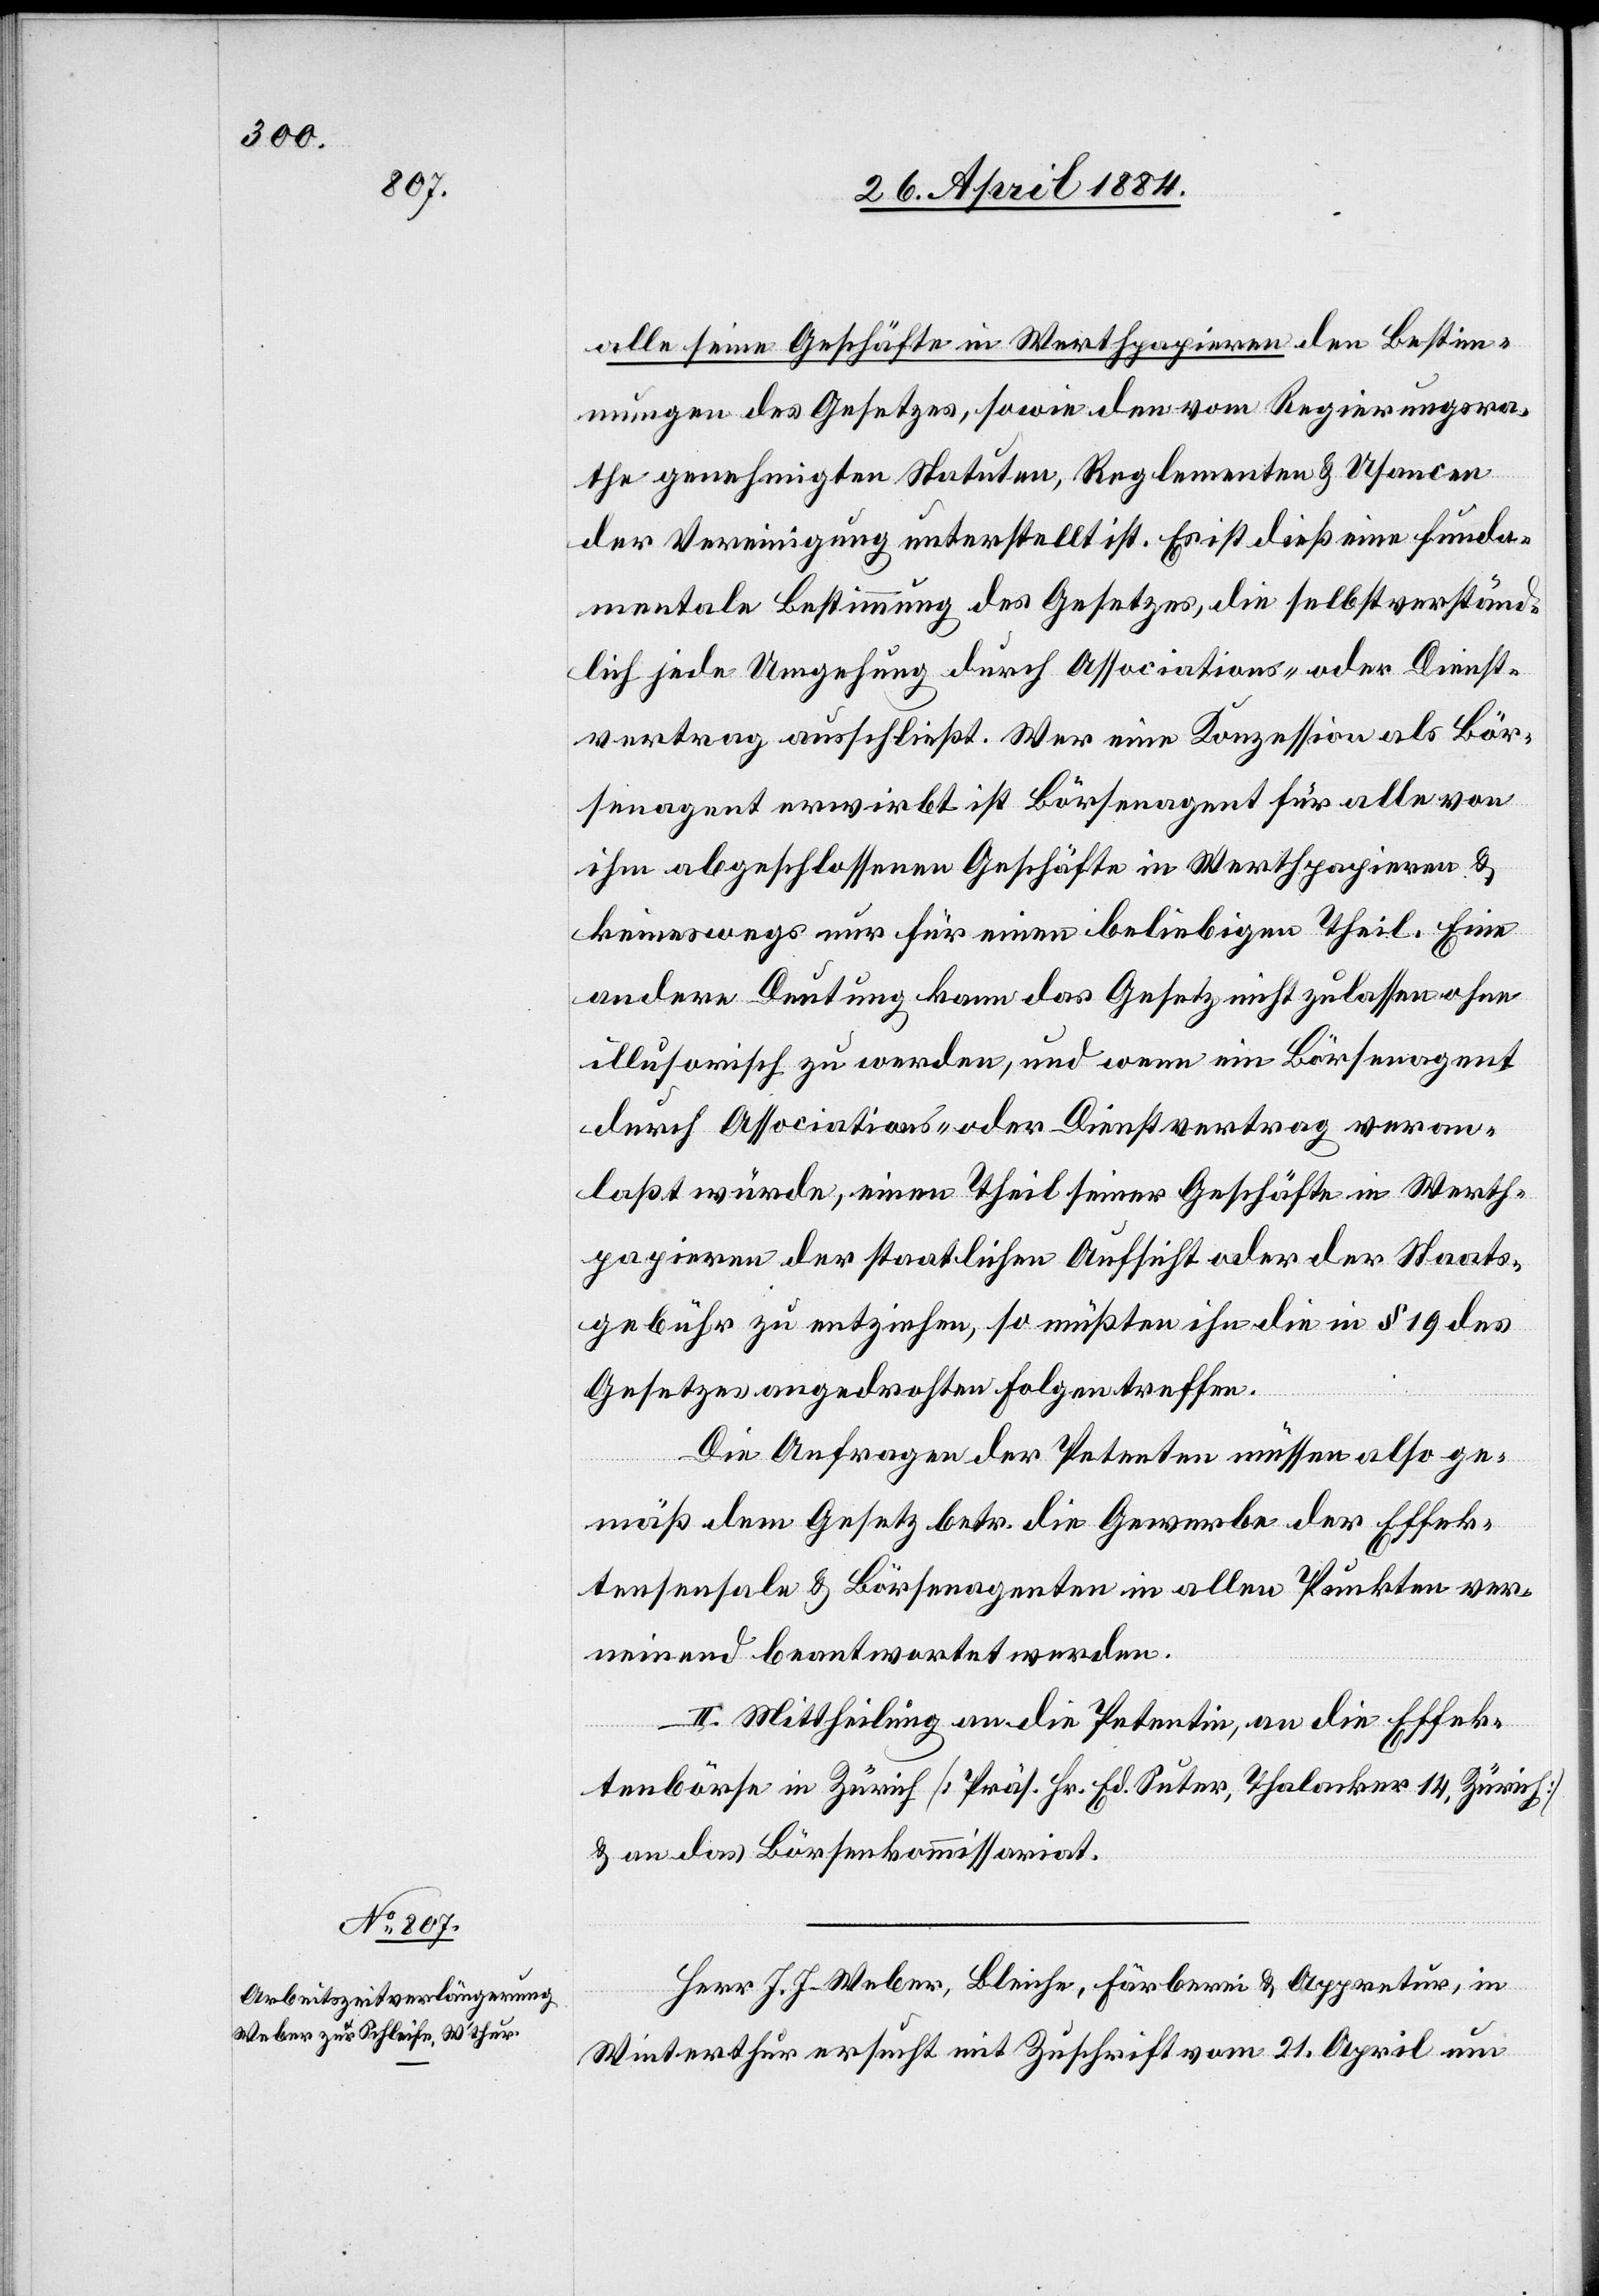
alle seine Geschäfte in Werthpapieren den Bestim¬
mungen des Gesetzes, sowie den vom Regierungsra¬
the genehmigten Statuten, Reglementen & Usancen
der Vereinigung unterstellt ist. Es ist dieß eine funda¬
mentale Bestimmung des Gesetzes, die selbstverständ¬
lich jede Umgehung durch Associations- oder Dienst¬
vertrag ausschließt. Wer eine Konzession als Bör¬
senagent erwirbt ist Börsenagent für alle von
ihm abgeschlossenen Geschäfte in Werthpapieren &
keineswegs nur für einen beliebigen Theil. Eine
andere Deutung kann das Gesetz nicht zulassen ohne
illusorisch zu werden, und wenn ein Börsenagent
durch Associations- oder Dienstvertrag veran¬
laßt würde, einen Theil seiner Geschäfte in Werth¬
papieren der staatlichen Aufsicht oder der Staats¬
gebühr zu entziehen, so müßten ihn die in § 19 des
Gesetzes angedrohten Folgen treffen.
Die Anfrage der Petenten müssen also ge¬
mäß dem Gesetz betr. die Gewerbe der Effek¬
tensensale & Börsenagenten in allen Punkten ver¬
neinend beantwortet werden.
II. Mittheilung an die Petentin, an die Effek¬
tenbörse in Zürich [Präs. Hr. Ed. Suter, Thalacker 14, Zürich]
& an das Börsenkommissariat.
Herr J. J. Weber, Bleiche, Färberei & Appretur, in
Winterthur ersucht mit Zuschrift vom 21. April um